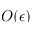
O ( \epsilon )